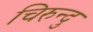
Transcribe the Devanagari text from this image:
चिरुन्दु